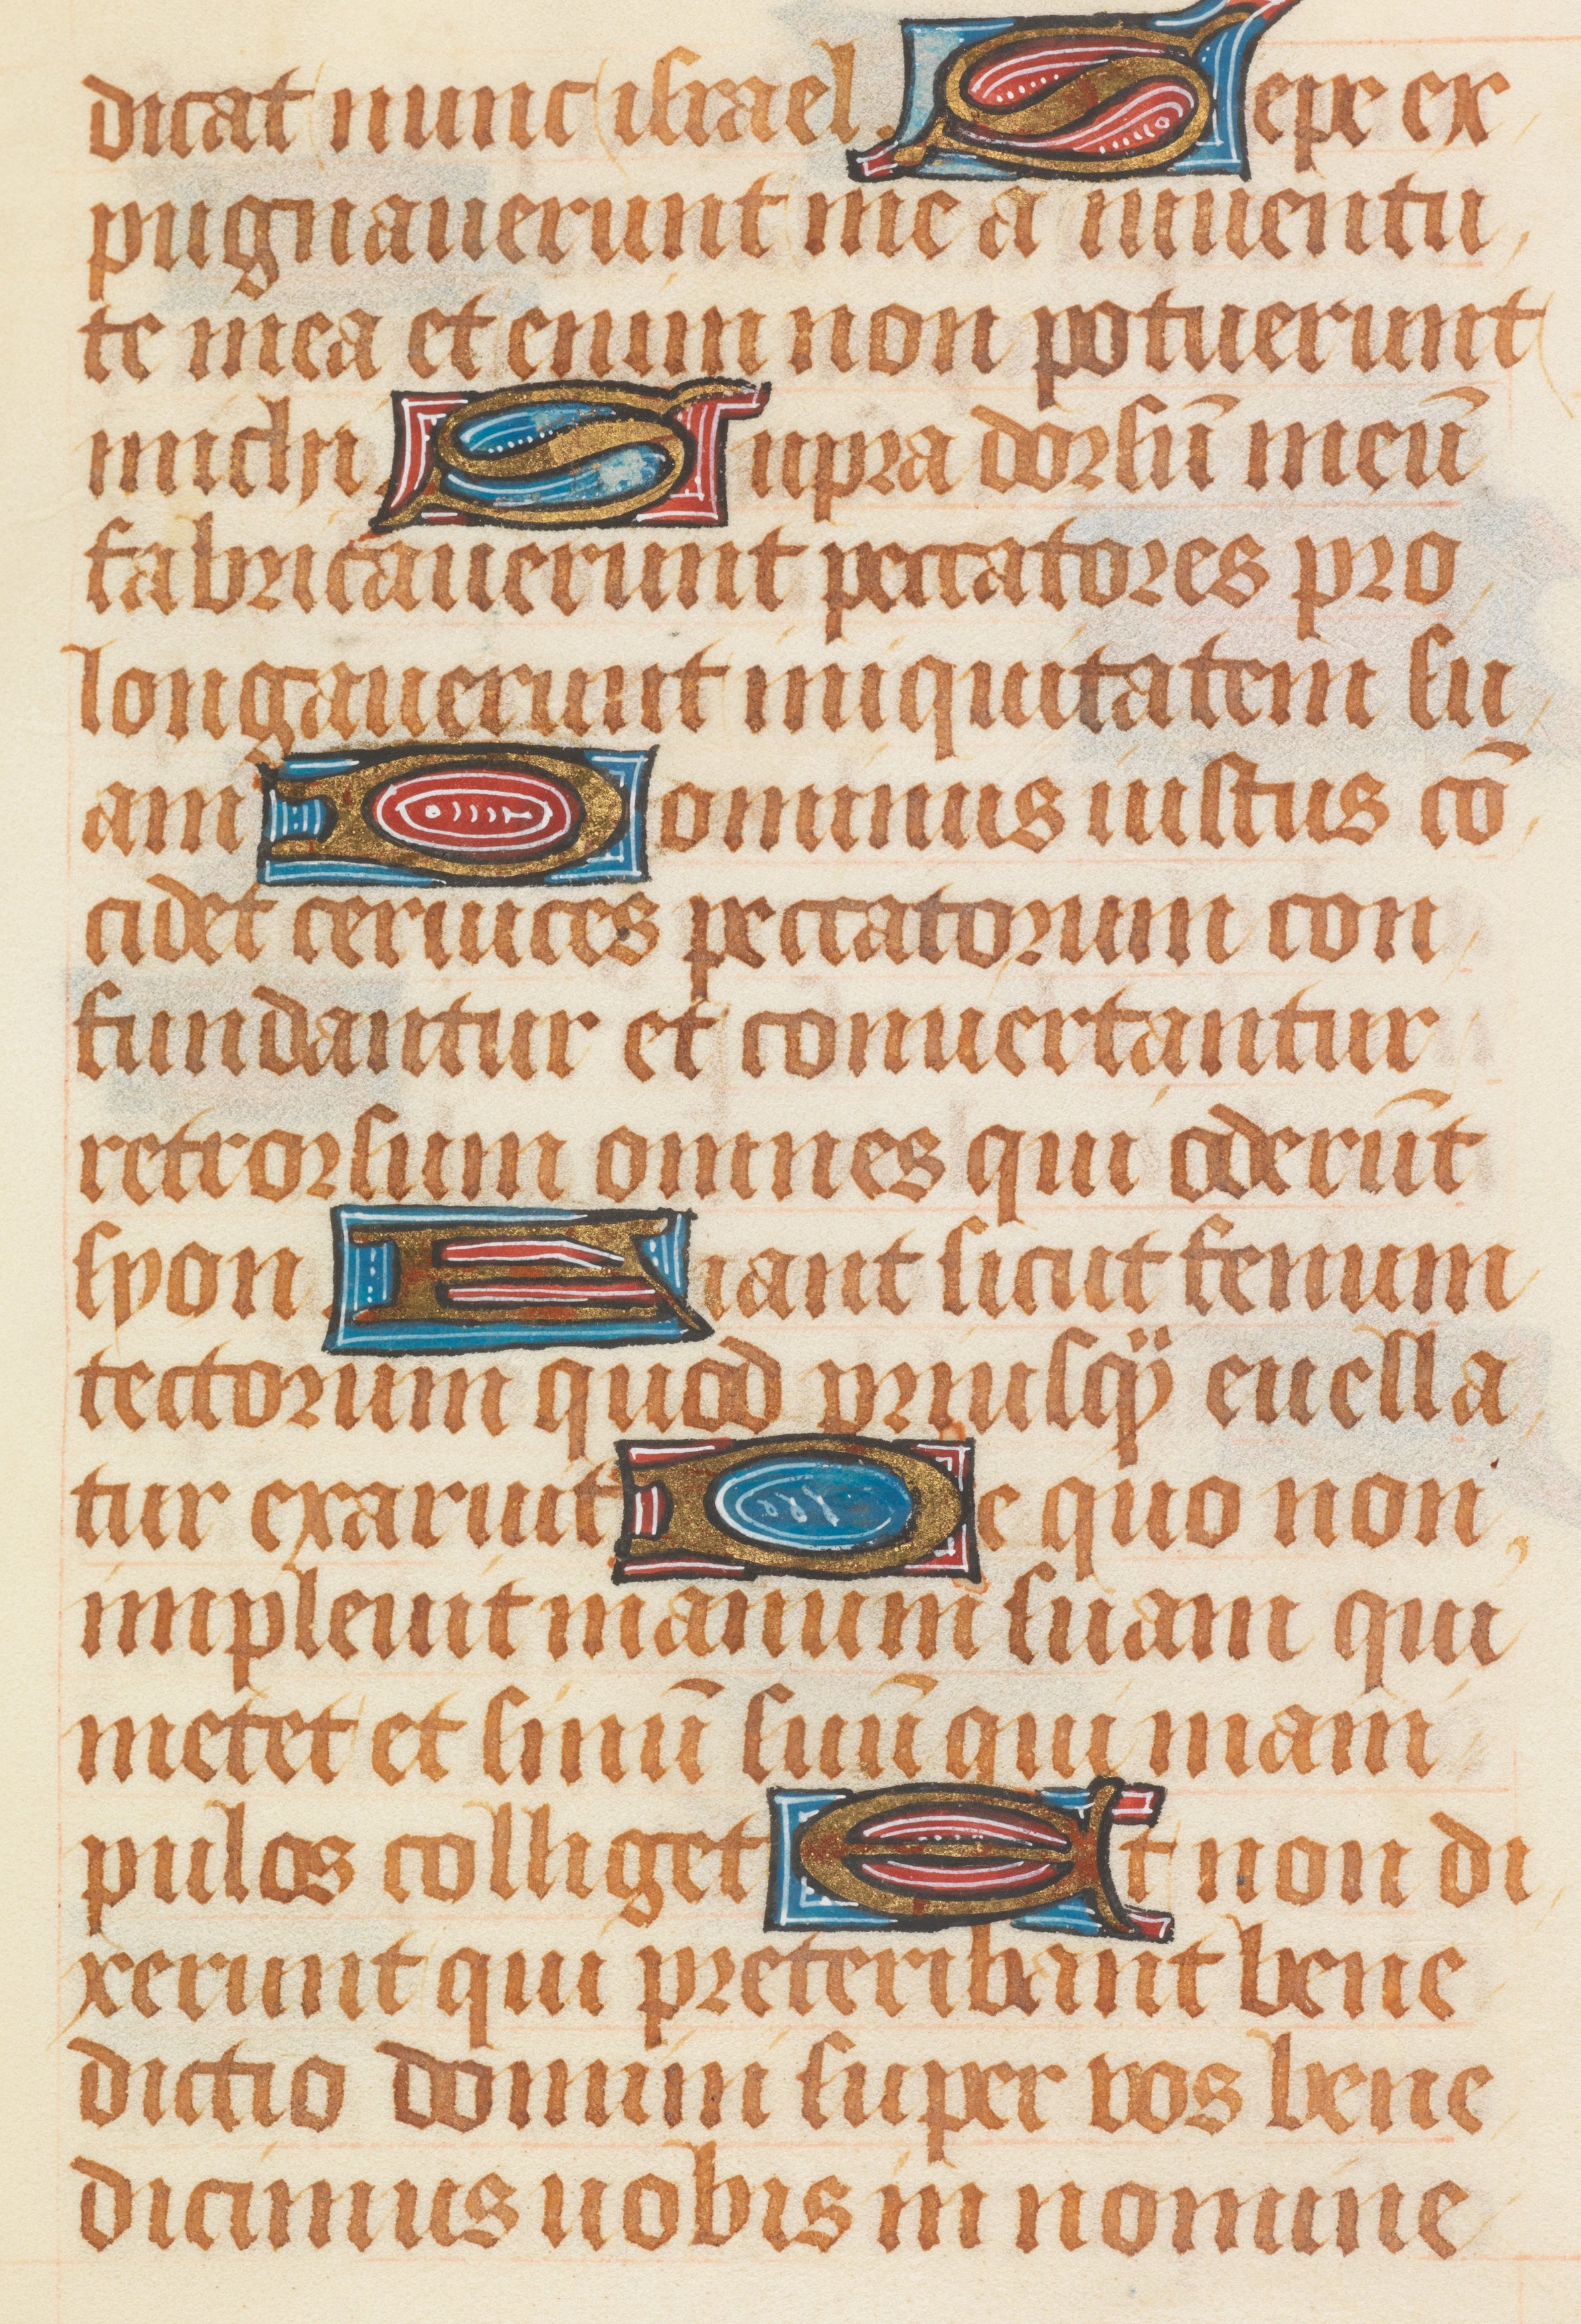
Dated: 1511–1520